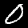
Digit: 0